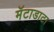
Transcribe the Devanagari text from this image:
मॅटाडाटा